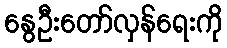
နွေဦးတော်လှန်ရေးကို